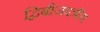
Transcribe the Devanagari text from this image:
द्विबीजपत्रीय